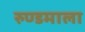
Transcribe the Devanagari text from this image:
रुण्डमाला